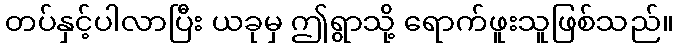
တပ်နှင့်ပါလာပြီး ယခုမှ ဤရွာသို့ ရောက်ဖူးသူဖြစ်သည်။